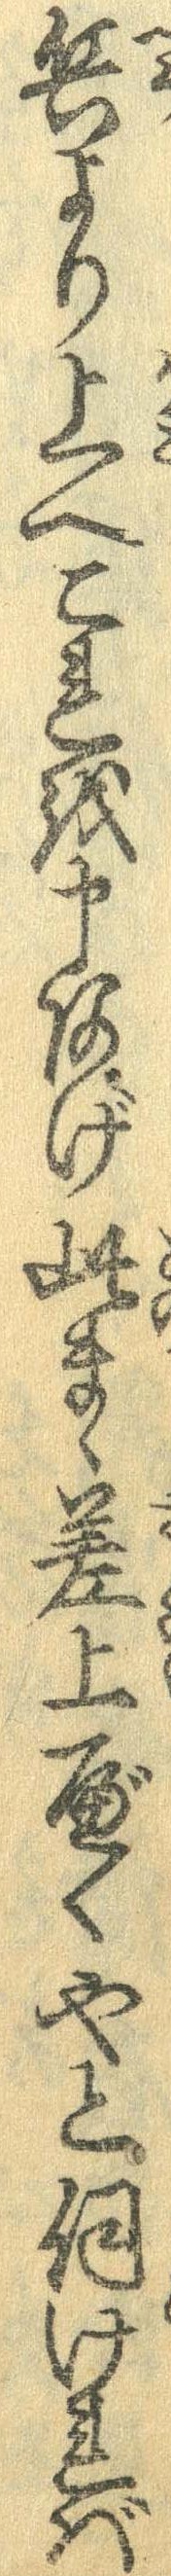
兵より上へこれを申あげ此まゝ差上べくやと伺ければ